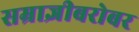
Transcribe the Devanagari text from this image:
सम्राज्ञीबरोबर